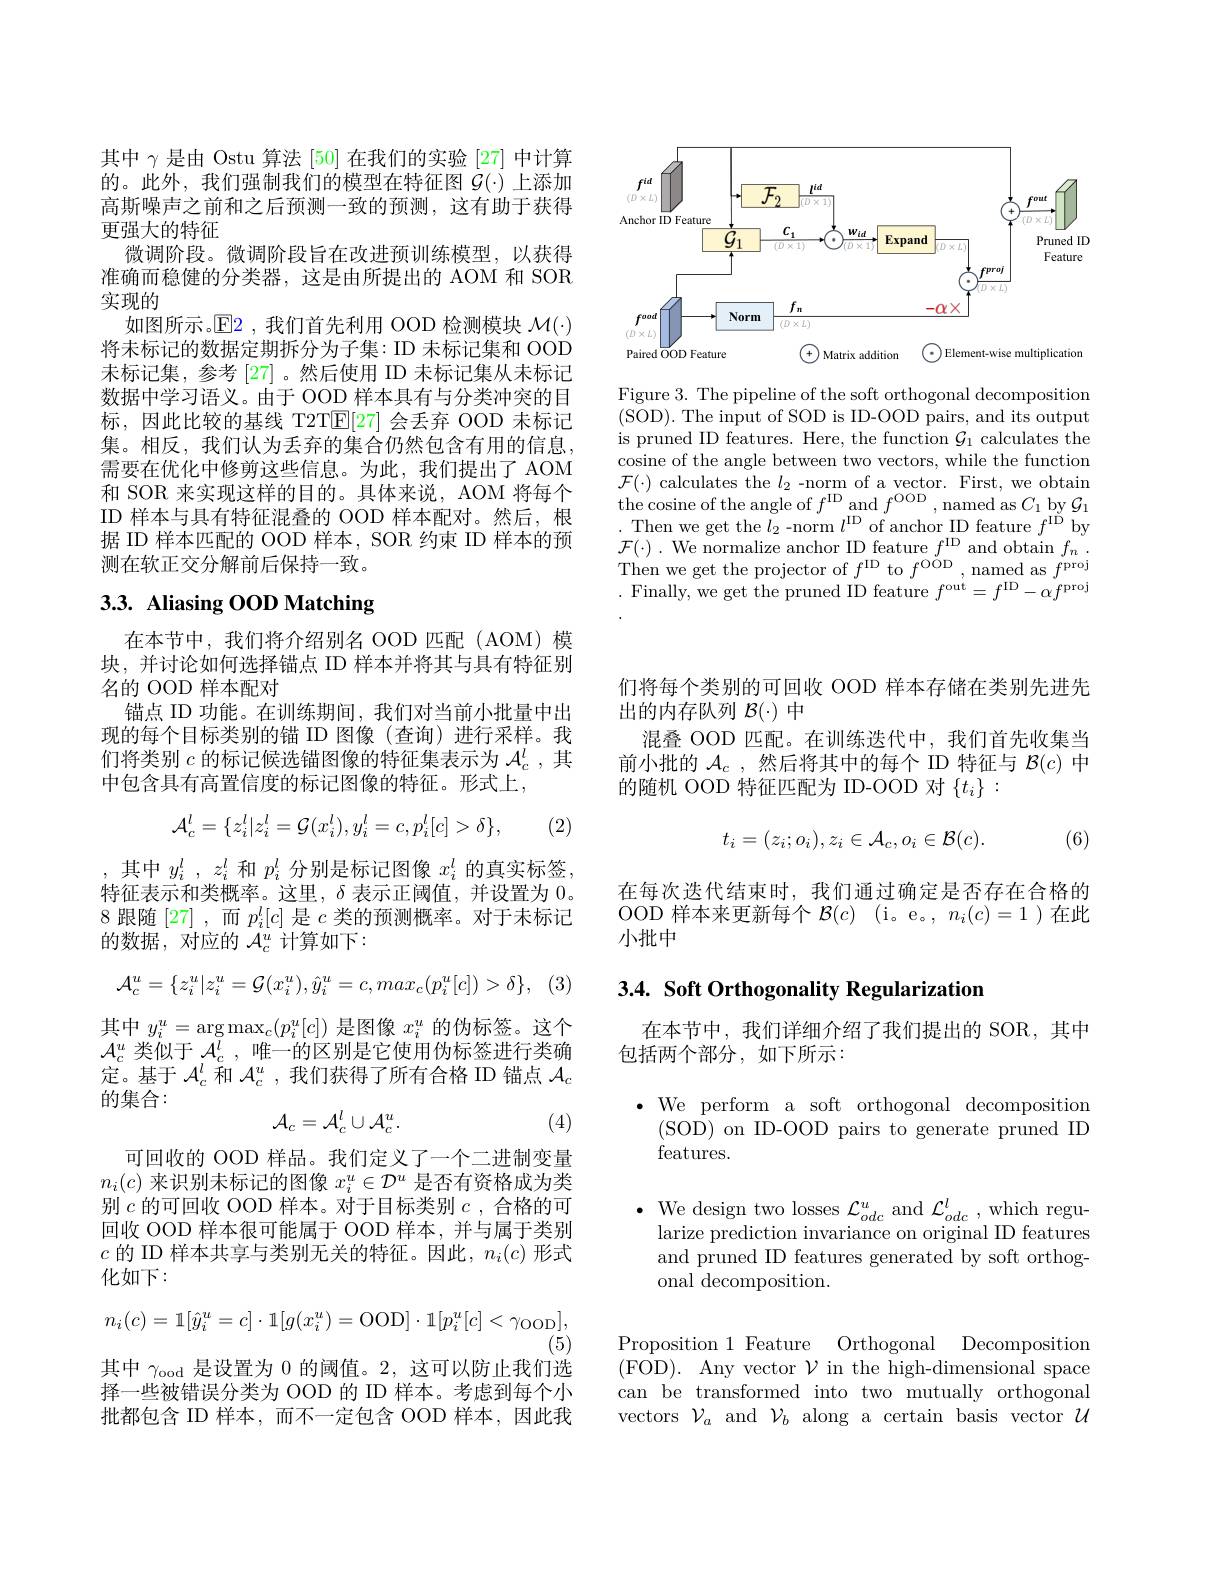
<FigureHere>

Figure 3. The pipeline of the soft orthogonal decomposition (SOD).The input of SOD is ID-OOD pairs, and its output is pruned ID features. Here, the function $\mathcal{G}_1$ calculates the cosine of the angle between two vectors, while the function $\mathcal{F}(\cdot)$ calculates the $l_2$ -norm of a vector. First, we obtain $\mathop{\text{the cosine of the angle of }f^{\mathrm{ID}}}\mathop{\operatorname*{and}}f^{\mathrm{OOD}},\mathop{\operatorname*{named}}\mathop{\operatorname*{as}}C_{1}\mathop{\operatorname*{by}}\mathcal{G}_{1}$ Then we get the $l_{2}$ -norm $l^\mathrm{ID}$ of anchor ID feature $f^\mathrm{ID}$ by $\mathcal{F} ( \cdot )$ . We normalize anchor ID feature $f^{\mathrm{ID}}$ and obtain $f_n$ . Then we get the projector of $f^\mathrm{ID}$ to $f^\mathrm{OOD}$,named as $f^\mathrm{proj}$ .Finally, we get the pruned ID feature $f^\mathrm{out}=f^\mathrm{ID}-\alpha f^\mathrm{proj}$

其中$\gamma$是由 Ostu 算法 [50] 在我们的实验 [27] 中计算的。此外，我们强制我们的模型在特征图$\dot{\mathcal{G}}(\cdot)$上添加高斯噪声之前和之后预测一致的预测，这有助于获得更强大的特征
微调阶段。微调阶段旨在改进预训练模型，以获得准确而稳健的分类器，这是由所提出的 AOM 和 SOR 实现的
如图所示。$\mathbb{E}$2,我们首先利用 OOD 检测模块$\mathcal{M}(\cdot)$ 将未标记的数据定期拆分为子集：ID 未标记集和 OOD 未标记集，参考 [27]。然后使用 ID 未标记集从未标记数据中学习语义。由于 OOD 样本具有与分类冲突的目标，因此比较的基线 T2T$\mathbb{E}[27]$会丢弃 OOD 未标记集。相反，我们认为丢弃的集合仍然包含有用的信息， 需要在优化中修剪这些信息。为此，我们提出了 AOM 和 SOR 来实现这样的目的。具体来说，AOM 将每个ID 样本与具有特征混叠的 OOD 样本配对。然后，根据 ID 样本匹配的 OOD 样本，SOR 约束 ID 样本的预测在软正交分解前后保持一致。

# 3.3. Aliasing OOD Matching

在本节中，我们将介绍别名 OOD 匹配(AOM) 模块，并讨论如何选择锚点 ID 样本并将其与具有特征别名的 OOD 样本配对
锚点 ID 功能。在训练期间，我们对当前小批量中出现的每个目标类别的锚 ID 图像(查询)进行采样。我们将类别$c$的标记候选锚图像的特征集表示为$\mathcal{A}_c^l$,其中包含具有高置信度的标记图像的特征。形式上，
$$\mathcal{A}_{c}^{l}=\{z_{i}^{l}|z_{i}^{l}=\mathcal{G}(x_{i}^{l}),y_{i}^{l}=c,p_{i}^{l}[c]>\delta\},$$
(2)

,其中$y_i^l,z_i^l$和$p_i^l$分别是标记图像$x_i^l$的真实标签特征表示和类概率。这里，$\delta$表示正阈值，并设置为0. 8 跟随 [27] ,而$p_i^l[c]$是$c$类的预测概率。对于未标记的数据，对应的$\mathcal{A}_c^u$计算如下：
$$\mathcal{A}_{c}^{u}=\{z_{i}^{u}|z_{i}^{u}=\mathcal{G}(x_{i}^{u}),\hat{y}_{i}^{u}=c,max_{c}(p_{i}^{u}[c])>\delta\},$$
其中$y_i^u=\operatorname{arg}\operatorname*{max}_c(p_i^u[c])$是图像$x_i^u$的伪标签。这个$\mathcal{A}_c^u$类似于$\mathcal{A}_c^l$,唯一的区别是它使用伪标签进行类确定。基于$\mathcal{A}_c^l$和$\mathcal{A}_c^u$ ,我们获得了所有合格 ID 锚点$\mathcal{A}_c$ 的集合：
$$\mathcal{A}_{c}=\mathcal{A}_{c}^{l}\cup\mathcal{A}_{c}^{u}.$$
(4)

可回收的 OOD 样品。我们定义了一个二进制变量$n_i(c)$来识别未标记的图像$x_i^u\in\mathcal{D}^u$是否有资格成为类别$c$的可回收 OOD 样本。对于目标类别$c$,合格的可回收 OOD 样本很可能属于 OOD 样本，并与属于类别$c$的 ID 样本共享与类别无关的特征。因此，$n_i(c)$形式化如下：
$$n_{i}(c)=1[\hat{y}_{i}^{u}=c]\cdot1[g(x_{i}^{u})=\mathrm{OOD}]\cdot1[p_{i}^{u}[c]<\gamma_{\mathrm{OOD}}],$$
(5)
其中$\gamma_\mathrm{ood}$是设置为 0 的阈值。2,这可以防止我们选择一些被错误分类为 OOD 的 ID 样本。考虑到每个小批都包含 ID 样本，而不一定包含 OOD 样本，因此我

们将每个类别的可回收 OOD 样本存储在类别先进先
出的内存队列$\mathcal{B}(\cdot)$中
混叠 OOD 匹配。在训练迭代中，我们首先收集当前小批的$\mathcal{A}_c$ ,然后将其中的每个 ID 特征与$\mathcal{B}(c)$中的随机 OOD 特征匹配为 ID-OOD 对$\{t_i\}:$
$$t_i=(z_i;o_i),z_i\in\mathcal{A}_c,o_i\in\mathcal{B}(c).$$
(6)

在每次迭代结束时，我们通过确定是否存在合格的OOD 样本来更新每个$\mathcal{B} ( c)$ ( i。e。, $n_i( c) = 1$ )在此小批中

## $3. 4. \textbf{ Soft Orthogonality Regularization}$

在本节中，我们详细介绍了我们提出的 SOR,其中
包括两个部分，如下所示：

$\cdot$ We perform a soft orthogonal decomposition
( SOD) on ID- OOD pairs to generate pruned ID
features.

$\bullet$ We design two losses $\mathcal{L}_odc^u$ and $\mathcal{L}_odc^l$, which regularize prediction invariance on original ID features and pruned ID features generated by soft orthogonal decomposition.

Proposition 1 Feature Orthogonal Decomposition (FOD). Any vector $\mathcal{V}$ in the high-dimensional space can be transformed into two mutually orthogonal vectors $\mathcal{V}_a$ and $\mathcal{V}_b$ along a certain basis vector $\mathcal{U}$